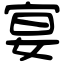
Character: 宴